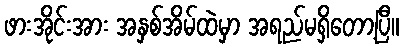
ဖားအိုင်းအား အနှစ်အိမ်ထဲမှာ အရည်မရှိတော့ပြီ။